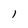
Character: I